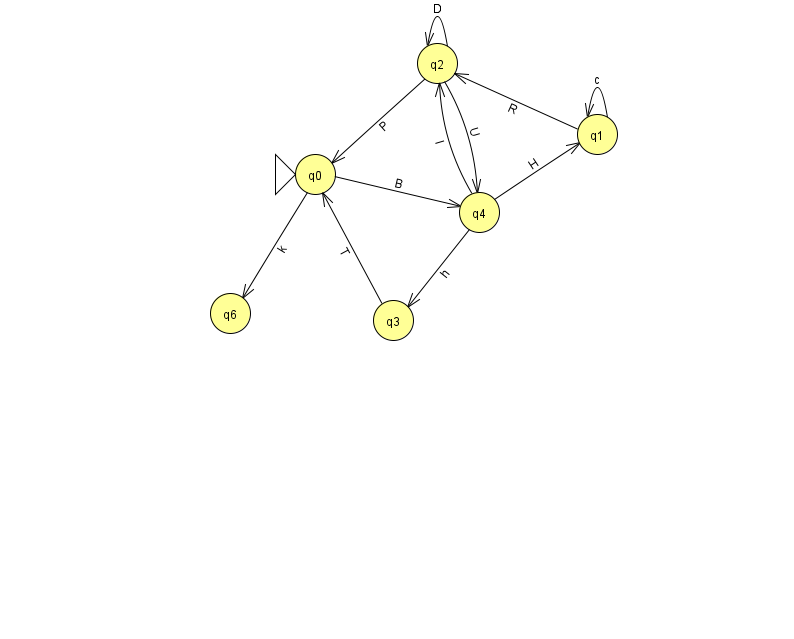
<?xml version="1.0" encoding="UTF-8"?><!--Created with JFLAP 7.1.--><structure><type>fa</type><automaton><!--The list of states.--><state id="0" name="q0"><x>315.0</x><y>161.0</y><initial/></state><state id="1" name="q1"><x>597.0</x><y>121.0</y></state><state id="2" name="q2"><x>437.0</x><y>50.0</y></state><state id="3" name="q3"><x>393.0</x><y>307.0</y></state><state id="4" name="q4"><x>479.0</x><y>199.0</y></state><state id="6" name="q6"><x>230.0</x><y>300.0</y></state><!--The list of transitions.--><transition><from>0</from><to>6</to><read>k</read></transition><transition><from>1</from><to>1</to><read>c</read></transition><transition><from>2</from><to>0</to><read>P</read></transition><transition><from>2</from><to>2</to><read>D</read></transition><transition><from>4</from><to>2</to><read>I</read></transition><transition><from>4</from><to>3</to><read>h</read></transition><transition><from>1</from><to>2</to><read>R</read></transition><transition><from>3</from><to>0</to><read>T</read></transition><transition><from>2</from><to>4</to><read>U</read></transition><transition><from>4</from><to>1</to><read>H</read></transition><transition><from>0</from><to>4</to><read>B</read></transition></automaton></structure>